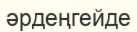
әрдеңгейде